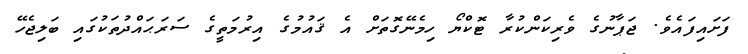
ފަށައިފައެވެ. ޖަޕާނުގެ ވެރިކަންކުރާ ޓޮކްޔޯ ހިމެނޭގޮތަށް އެ ޤައުމުގެ އިރުމަތީގެ ސަރަޙައްދުތަކުގައި ބަލިޖެހޭ